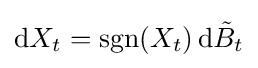
\mathrm {d} X_{t}=\operatorname {sgn}(X_{t})\,\mathrm {d} {\tilde {B}}_{t}